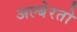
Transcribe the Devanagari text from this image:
अल्बेरतो